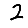
Digit: 2